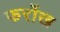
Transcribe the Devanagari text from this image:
फर्रोख